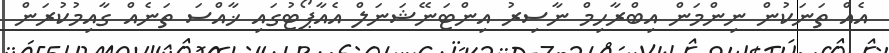
އެއް ތަނަކުން ނިންމަން އިބްރާހިމް ނާސިރު އިންޓަނޭޝަނަލް އެއާޕޯޓުގައި ޚާއްސަ ތަނެއް ގާއިމުކުރަން